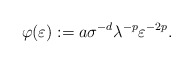
\begin{align*}\varphi(\varepsilon) := a \sigma^{-d} \lambda^{- p} \varepsilon^{- 2 p}.\end{align*}